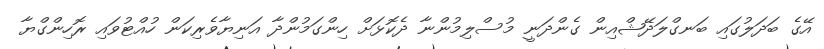
އޭގެ ބަދަލުގައި ބަނގްލަދޭޝްއިން ގެންދަނީ މުސްލިމުންނާ ދެކޮޅަށް ހިންގަމުންދާ އަނިޔާވެރިކަން ހުއްޓުވައި ރޮހިންގްޔާ